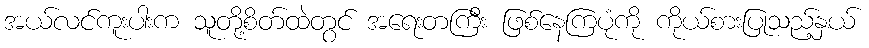
အယ်လင်ကူးပါးက သူတို့စိတ်ထဲတွင် အရေးတကြီး ဖြစ်နေကြပုံကို ကိုယ်စားပြုသည့်နှယ်